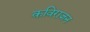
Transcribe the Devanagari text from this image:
कविराजन